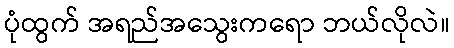
ပုံထွက် အရည်အသွေးကရော ဘယ်လိုလဲ။